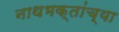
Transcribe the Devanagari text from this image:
नाथभक्तांच्या